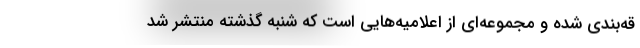
قه‌بندی شده و مجموعه‌ای از اعلامیه‌هایی است که شنبه گذشته منتشر شد